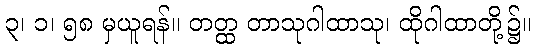
၃၊ ၁၊ ၅၈ မှယူရန်။ တတ္ထ တာသုဂါထာသု၊ ထိုဂါထာတို့၌။